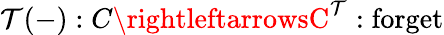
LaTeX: \mathcal{T}(-):C\rightleftarrowsC^{\mathcal{T}}:{\mathrm{{forget}}}